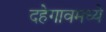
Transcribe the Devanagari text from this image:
दहेगावमध्ये